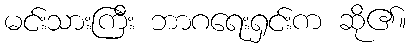
မင်းသားကြီး ဘာဂရေးရှင်းက ဆို၏။